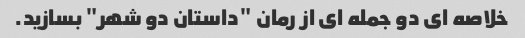
خلاصه ای دو جمله ای از رمان "داستان دو شهر" بسازید.